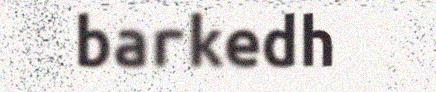
barkedh